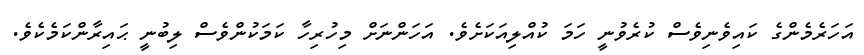
އަހަރެމެންގެ ކައިވެނިވެސް ކުރެވުނީ ހަމަ ކުއްލިއަކަށެވެ. އަހަންނަށް މިހުރިހާ ކަމަކުންވެސް ލިބުނީ ޙައިރާންކަމެކެވެ.